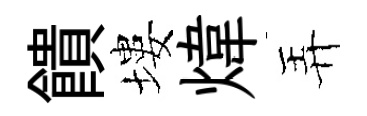
饋塿煒弄